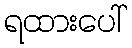
ရထားပေါ်